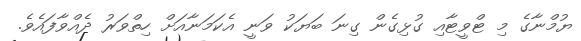
ޔުމްނާގެ މި ޓްވީޓާއި ގުޅިގެން ގިނަ ބަޔަކު ވަނީ އެކަމަނާއަށް ހިތްވަރު ދެއްވާފައެވެ.